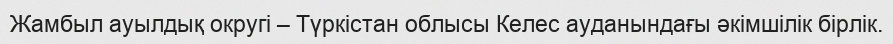
Жамбыл ауылдық округі – Түркістан облысы Келес ауданындағы әкімшілік бірлік.